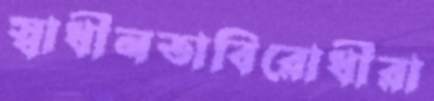
স্বাধীনতাবিরোধীরা